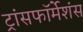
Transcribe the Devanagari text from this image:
ट्रांसफॉर्मेशंस